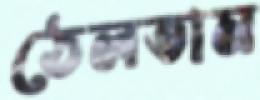
ঠেলতাম